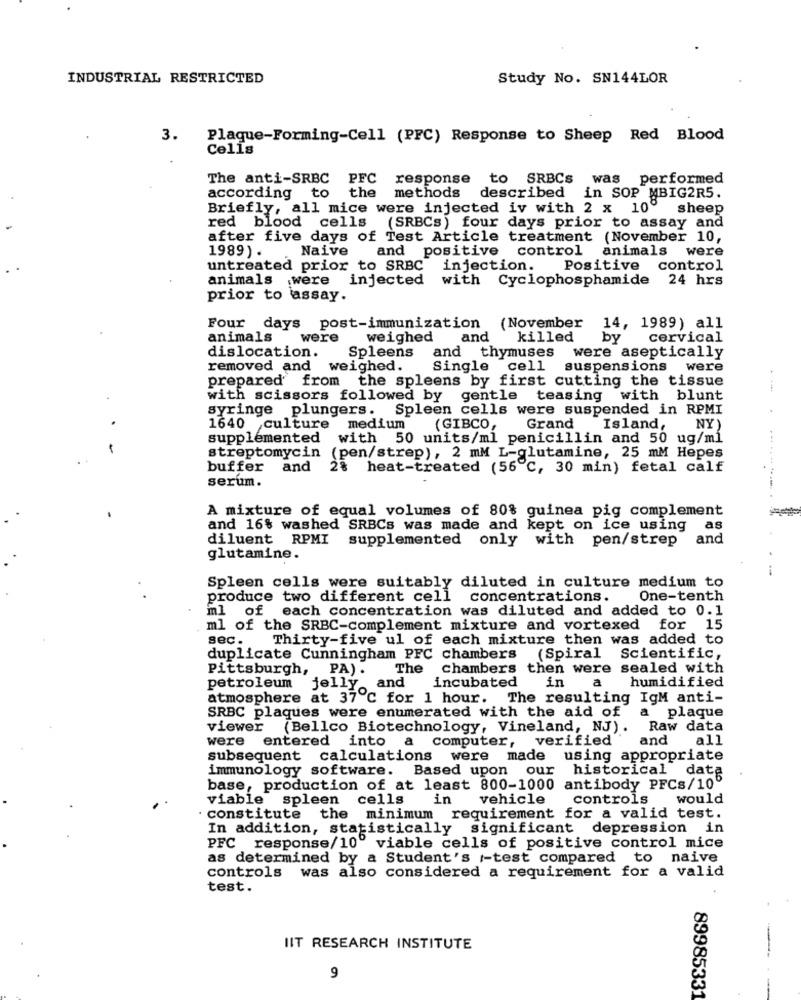
INDUSTRIAL RESTRICTED
Study No. SN144LOR
3.
Plaque-Forming-Cell (PFC) Response to Sheep Red Blood
Cells
The anti-SRBC PFC response to SRBCs was performed
according to the
methods described in SOP MBIG2R5.
Briefly, all mice were injected iv with 2 x 100
sheep
red blood cells (SRBCs) four days prior to assay and
after five days of Test Article treatment (November 10,
1989) .
Naive
and positive control animals were
untreated prior to SRBC injection. Positive
control
animals
were injected
with Cyclophosphamide 24 hrs
prior to assay.
Four
days post-immunization (November 14, 1989) all
animals
were
weighed
and
killed
by
cervical
Spleens
dislocation.
and thymuses were aseptically
removed and
weighed.
Single cell suspensions were
prepared from the spleens by first cutting the tissue
with scissors followed by gentle teasing with blunt
syringe plungers. Spleen cells were suspended in RPMI
1640 culture medium
(GIBCO,
Grand
Island,
NY)
supplemented with 50 units/ml penicillin and 50 ug/ml
streptomycin (pen/strep), 2 mM L-glutamine, 25 mM Hepes
buffer and
28 heat-treated (56℃, 30 min) fetal calf
serum.
A mixture of equal volumes of 80% guinea pig complement
and 16% washed SRBCs was made and kept on ice using
as
diluent RPMI supplemented only with pen/strep
and
glutamine.
Spleen cells were suitably diluted in culture medium to
produce two different cell concentrations.
One-tenth
ml
of each concentration was diluted and added to 0.1
ml of the SRBC-complement mixture and vortexed for 15
sec.
Thirty-five ul of each mixture then was added to
duplicate Cunningham PFC chambers (Spiral Scientific,
Pittsburgh, PA) .
The
chambers then were sealed with
a
humidified
petroleum
jelly
and incubated in
atmosphere at 37℃ for 1 hour. The resulting IgM anti-
SRBC plaques were enumerated with the aid of
a plaque
viewer (Bellco Biotechnology, Vineland, NJ).
Raw data
were
entered into a computer, verified
and
all
subsequent calculations were made using appropriate
immunology software. Based upon our historical data
base, production of at least 800-1000 antibody PFCs/10º
viable spleen cells
in vehicle
controls
would
. constitute the minimum requirement for a valid test.
In addition, statistically significant depression in
PFC response/10" viable cells of positive control mice
as determined by a Student's -test compared to naive
controls was also considered a requirement for a valid
test.
IIT RESEARCH INSTITUTE
9
89985331
----